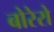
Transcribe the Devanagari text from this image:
बोरेरो